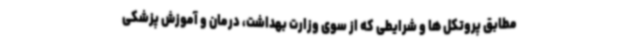
مطابق پروتکل ها و شرایطی که از سوی وزارت بهداشت، درمان و آموزش پزشکی